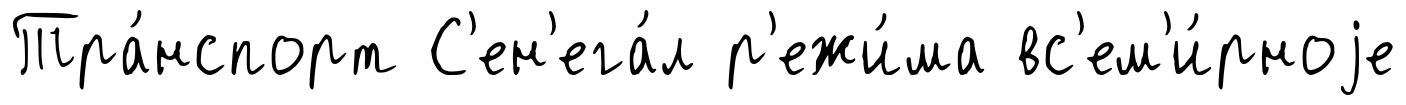
Тра́нспорт С'ен'ега́л р'ежи́ма вс'ем'и́рноjе